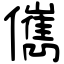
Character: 㒞